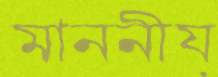
মাননীয়